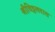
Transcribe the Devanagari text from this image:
श्रीविट्ठलदास